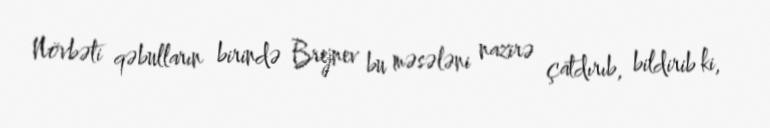
Növbəti qəbulların birində Brejnev bu məsələni nazirə çatdırıb, bildirib ki,